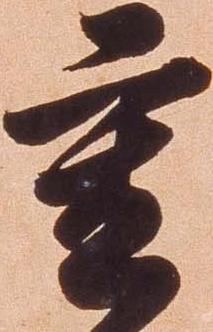
重